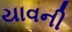
યાવની